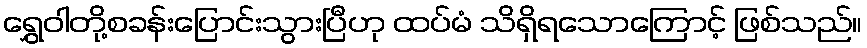
ရွှေဝါတို့စခန်းပြောင်းသွားပြီဟု ထပ်မံ သိရှိရသောကြောင့် ဖြစ်သည်။